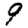
Digit: 9